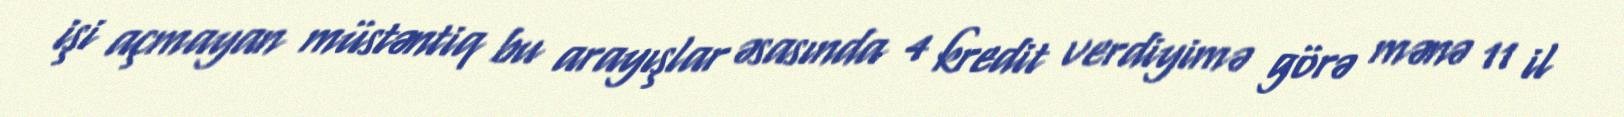
işi açmayan müstəntiq bu arayışlar əsasında 4 kredit verdiyimə görə mənə 11 il